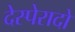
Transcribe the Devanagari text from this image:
देस्पेरादो